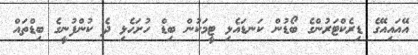
އޭއައިއޭގެ ޑިރެކްޓަރުންގެ ބޯޑުން ކަނޑައެޅި ޓީމަކުން ބިޑް ހުށަހެޅި ދެ ކުންފުނީގެ ބިޑްތައް